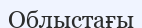
Облыстағы